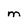
Character: M